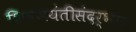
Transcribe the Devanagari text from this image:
शिवजयंतीसंदर्भात